Annual administration report of the Civil Veterinary Department, Sind - 1938-1939
Year: 1938
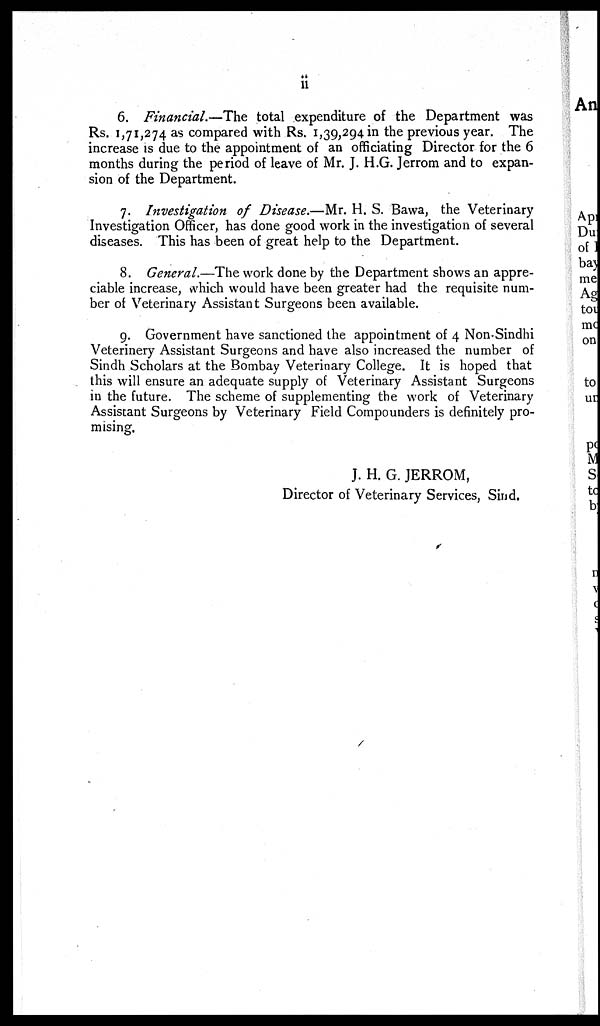
ii
6. Financial.—The total expenditure of the Department was
Rs. 1,71,274 as compared with Rs. 1,39,294 in the previous year. The
increase is due to the appointment of an officiating Director for the 6
months during the period of leave of Mr. J. H.G. Jerrom and to expan-
sion of the Department.
7. Investigation of Disease.—Mr. H. S. Bawa, the Veterinary
Investigation Officer, has done good work in the investigation of several
diseases. This has been of great help to the Department.
8. General.—The work done by the Department shows an appre-
ciable increase, which would have been greater had the requisite num-
ber of Veterinary Assistant Surgeons been available.
9. Government have sanctioned the appointment of 4 Non-Sindhi
Veterinery Assistant Surgeons and have also increased the number of
Sindh Scholars at the Bombay Veterinary College. It is hoped that
this will ensure an adequate supply of Veterinary Assistant Surgeons
in the future. The scheme of supplementing the work of Veterinary
Assistant Surgeons by Veterinary Field Compounders is definitely pro-
mising.
J. H. G. JERROM,
Director of Veterinary Services, Sind.